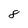
Character: 8